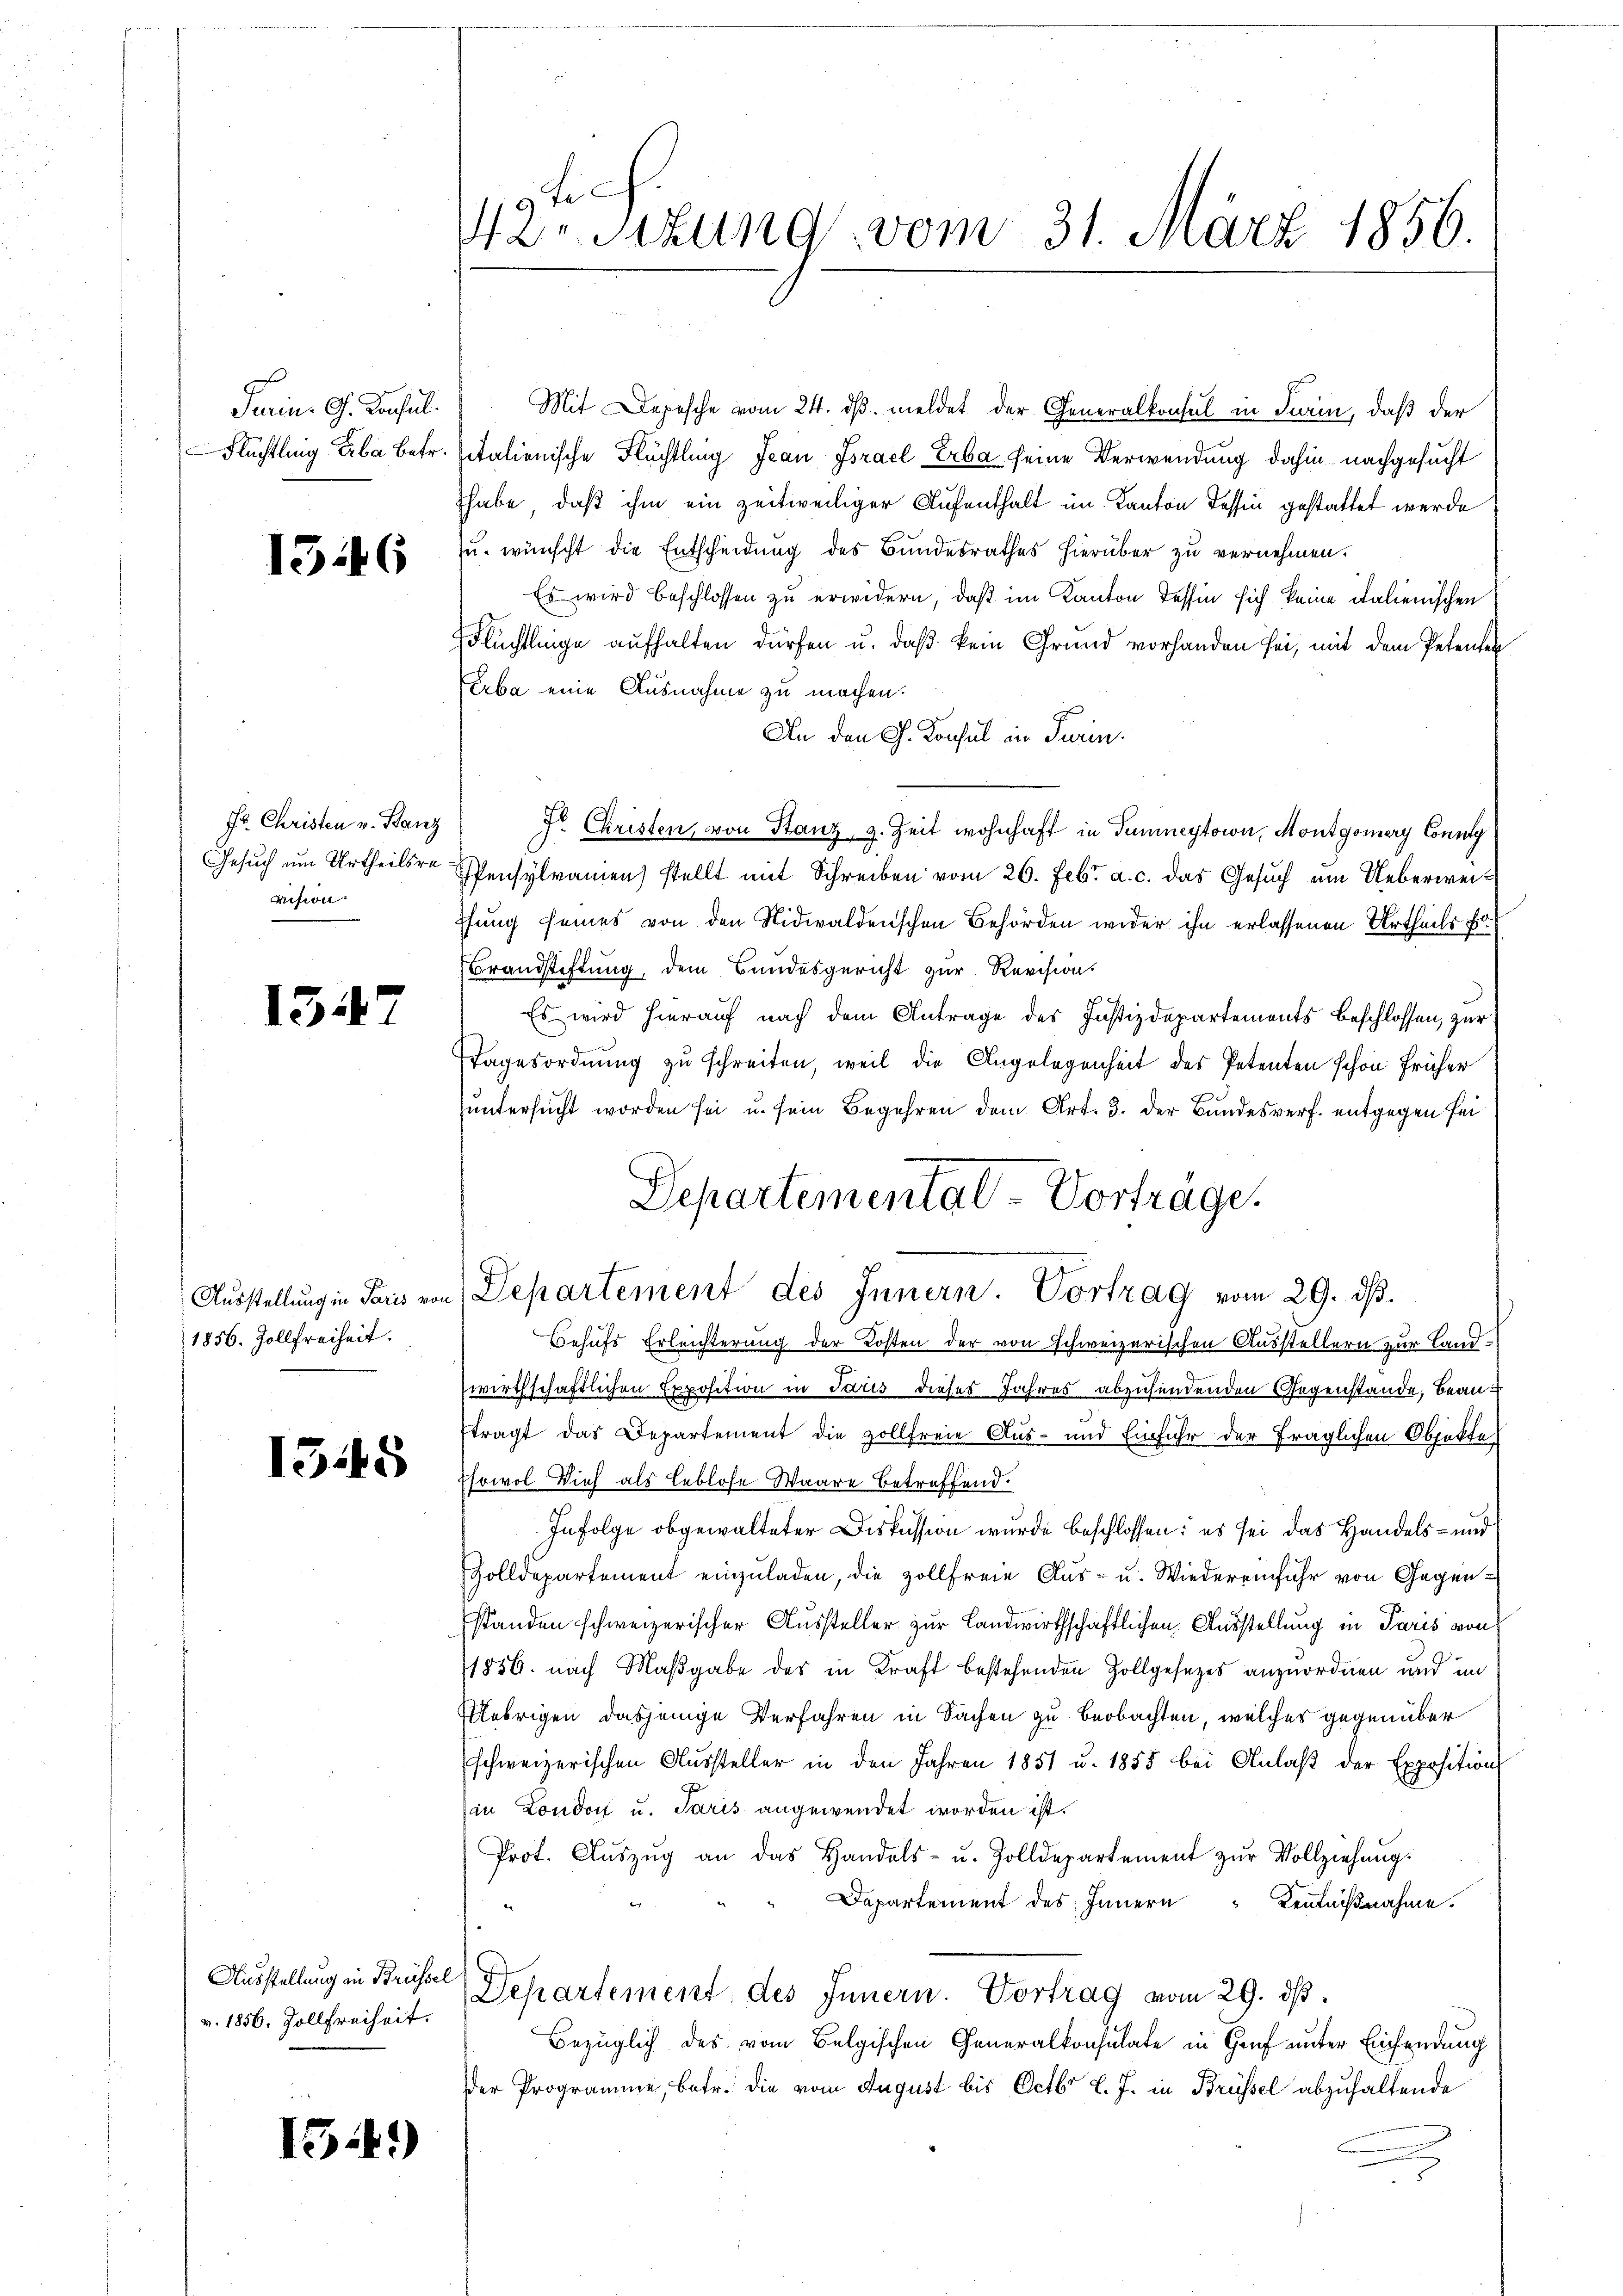
Terin. G. Konsul

13

)

1347

fr. Christen v. Stanz
vision

1856. Zollfreiheit.

1545

v. 1856. Zollfreiheit.

1549)

ti
42. Sitzung vom 31. März 1856.

Mit Depesche vom 24. dβ meldet der Generalkonsul in Turin, daß der
Flüchtling Erbe betr. sitalienische Flüchtling Jean Israel Erbe seine Verwendung dahin nachgesucht
habe, daß ihm ein zeitweiliger Aufenthalt im Kanton Tessin gestattet werde
u. wünscht die Entscheidung des Bundesrathes hierüber zu vernehmen.
Es wird beschlossen zu erwidern, daß im Kanton Tessin sich keine italienischen
Flüchtlinge aufhalten dürfen u. daß kein Grund vorhanden sei, mit dem Petenten
Erba eine Ausnahme zu machen.
An den G. Konsul in Turin
Fr Christen, von Stanz, z. Zeit wohnhaft in Tunneytoin, Montgomery County
Gesuch um Urtheilsre Pensylramen) stellt mit Schreiben vom 26. Febr. a. c. das Gesuch um Ueberweiffung seines von den Nidwaldenschen Behörden wider ihn erlassenen Urtheils fr
Brandstiftung, dem Bundesgericht zur Revision
Es wird hierauf nach dem Antrage des Justizdepartements beschlossen, zur
tagesordnung zu schreiten, weil die Angelegenheit des Petenten schon früher
huntersucht worden sei u. sein Begehren dem Art. 3. der Bundesverf. entgegen sei
Behufs Erleichterung der Kosten der von schweizerischen Ausstellern zur Land-
wirthschaftlichen Exposition in Paris dieses Jahres abzusendenden Gegenstände, beantragt das Departement die zollfreie Aus- und Einfuhr der fraglichen Objekte
Esowol Vieh als leblose Waare betreffend.
Infolge obgewalteter Diskussion wurde beschlossen: es sei das Handels- und
Zolldepartement einzuladen, die Zollfreie Aus- u. Wiedereinfuhr von Gegenstanden schweizerischer Aussteller zur Landwirthschaftlichen Ausstellung in Paris von
1856. nach Maßgabe des in Kraft bestehenden Zollgesezes anzuordnen und im
Uebrigen dasjenige Verfahren in Sachen zu beobachten, welches gegenüber
schweizerischen Aussteller in den Jahren 1851 u. 1855 bei Anlaß der Exposition
(in London u. Paris angewendet worden ist.
Prot. Aŭszŭg an das Handels- u. Zolldepartement zŭr Vollziehŭng.
Departement des Innern Kenntnißnahme.
Ausstellung in Brüsse Departement des Innern. Vortrag vom 29. dβ.
Bezüglich des vom Belgischen Generalkonsulate in Gruf unter Einsendung
der Programme, betr. die vom August bis Octbr d. J. in Brüssel abzuhaltende

Departemental-Vorträge.
Ausstellung in Paris von Departement des Innern. Vortrag vom 29. dß.